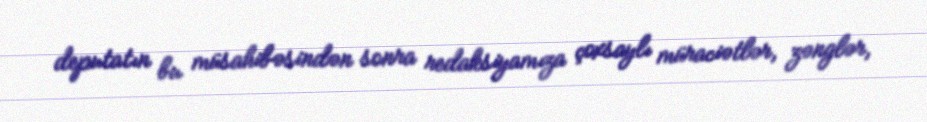
deputatın bu müsahibəsindən sonra redaksiyamıza çoxsaylı müraciətlər, zənglər,